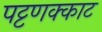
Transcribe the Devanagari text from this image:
पट्टणक्काट